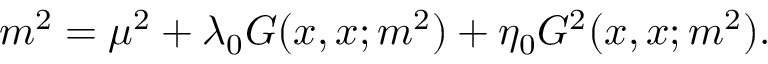
m ^ { 2 } = \mu ^ { 2 } + \lambda _ { 0 } G ( x , x ; m ^ { 2 } ) + \eta _ { 0 } G ^ { 2 } ( x , x ; m ^ { 2 } ) .